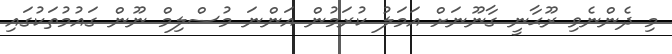
މި ދެންނެވި ރޫޙާނީ ގާނޫނަށް އަމަލު ކުރަމުން އަންނަ މުސްލިމް ނޫން ގައުމުތަކުގައި